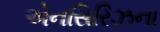
એનસિરિઝના